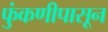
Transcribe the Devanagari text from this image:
फुंकणीपासून